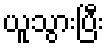
ယူသွားပြီး